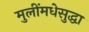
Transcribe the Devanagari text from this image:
मुलींमधेसुद्धा